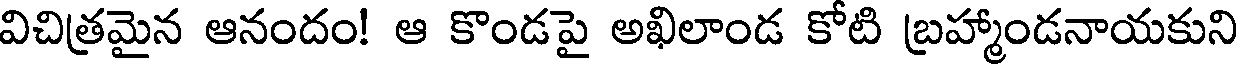
విచిత్రమైన ఆనందం! ఆ కొండపై అఖిలాండ కోటి బ్రహ్మాండనాయకుని